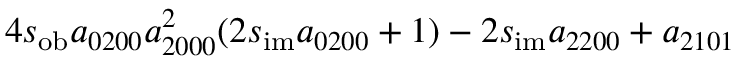
4 s _ { \mathrm { o b } } a _ { 0 2 0 0 } a _ { 2 0 0 0 } ^ { 2 } ( 2 s _ { \mathrm { i m } } a _ { 0 2 0 0 } + 1 ) - 2 s _ { \mathrm { i m } } a _ { 2 2 0 0 } + a _ { 2 1 0 1 }